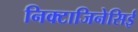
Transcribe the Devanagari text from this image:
निक्टाजिनेसिई